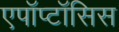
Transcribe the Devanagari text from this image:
एपॉप्टॉसिस